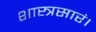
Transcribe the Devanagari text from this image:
शास्त्रसारं।